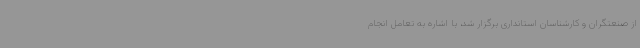
از صنعتگران و کارشناسان استانداری برگزار شد، با اشاره به تعامل انجام